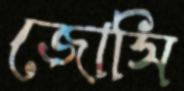
জোসি